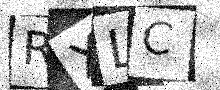
Text: RXLC